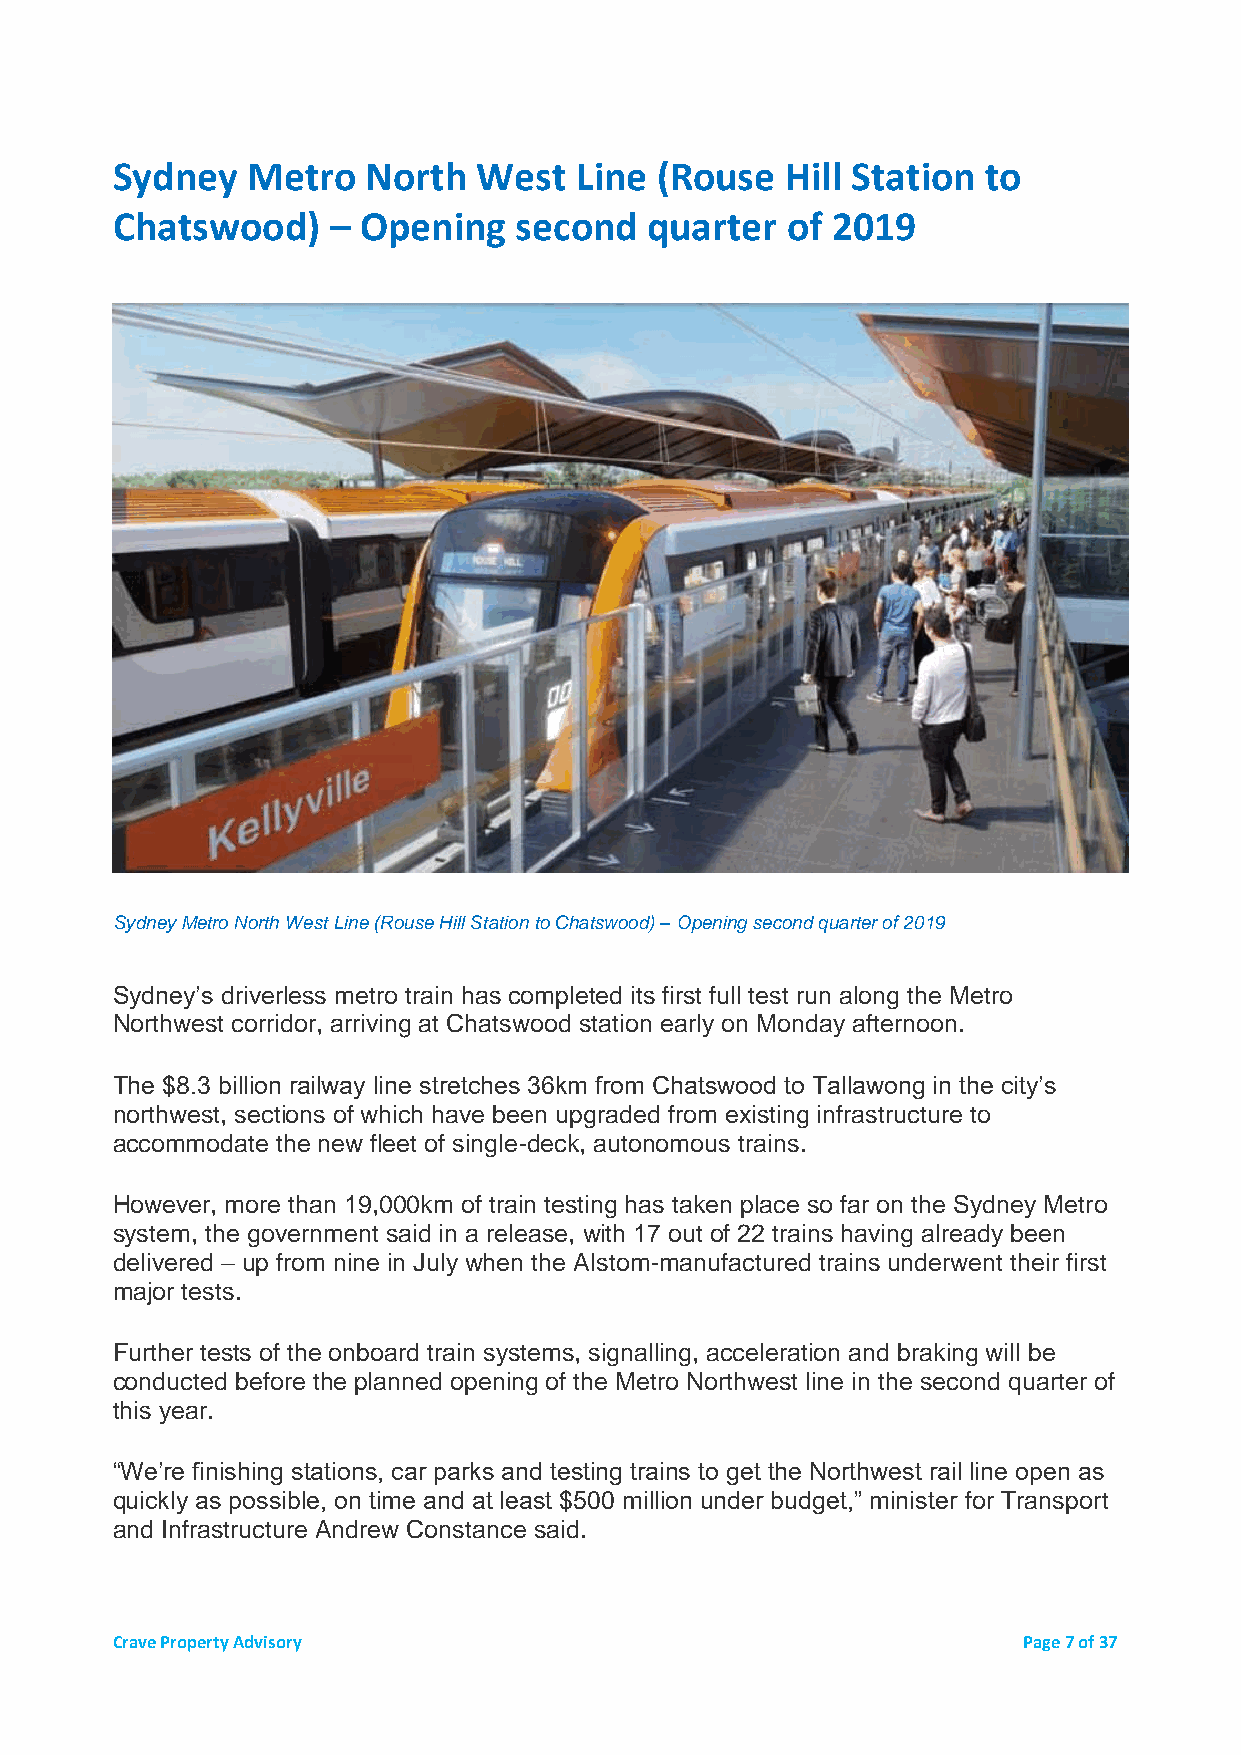
Sydney   Metro   North   West  Line (Rouse   Hill Station to
 Chatswood)     – Opening   second   quarter  of 2019
 Sydney Metro North West Line (Rouse Hill Station to Chatswood) – Opening second quarter of 2019
 Sydney’s driverless metro train has completed its first full test run along the Metro
 Northwest corridor, arriving at Chatswood station early on Monday afternoon.
 The $8.3 billion railway line stretches 36km from Chatswood to Tallawong in the city’s
 northwest, sections of which have been upgraded from existing infrastructure to
 accommodate the new fleet of single-deck, autonomous trains.
 However, more than 19,000km of train testing has taken place so far on the Sydney Metro
 system, the government said in a release, with 17 out of 22 trains having already been
 delivered – up from nine in July when the Alstom-manufactured trains underwent their first
 major tests.
 Further tests of the onboard train systems, signalling, acceleration and braking will be
 conducted before the planned opening of the Metro Northwest line in the second quarter of
 this year.
 “We’re finishing stations, car parks and testing trains to get the Northwest rail line open as
 quickly as possible, on time and at least $500 million under budget,” minister for Transport
 and Infrastructure Andrew Constance said.
 Crave Property Advisory                                      Page 7 of 37